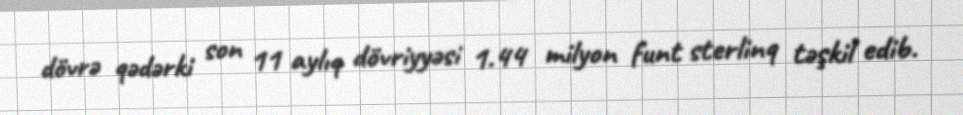
dövrə qədərki son 11 aylıq dövriyyəsi 1.44 milyon funt sterlinq təşkil edib.